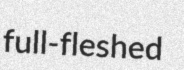
full-fleshed